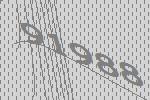
91988